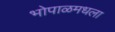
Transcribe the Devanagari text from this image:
भोपाळमधला